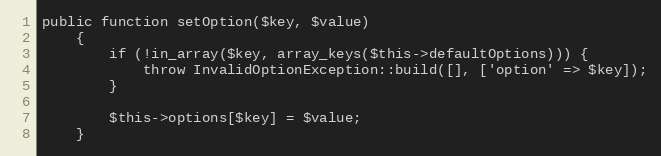
Language: PHP
public function setOption($key, $value)
    {
        if (!in_array($key, array_keys($this->defaultOptions))) {
            throw InvalidOptionException::build([], ['option' => $key]);
        }

        $this->options[$key] = $value;
    }